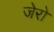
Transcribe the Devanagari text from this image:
जेरो